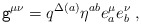
\begin{align*}{\tt g}^{\mu \nu}= q^{\Delta(a)} \eta^{ab} e^{\mu}_a e^{\nu}_b \;,\end{align*}